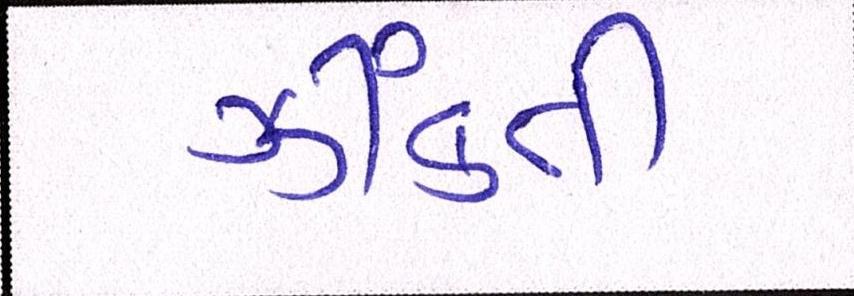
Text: ઝીંકતી